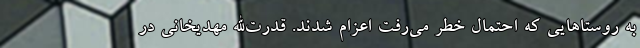
به روستاهایی که احتمال خطر می‌رفت اعزام شدند. قدرت‌الله مهدیخانی در